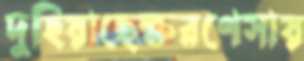
দুহিয়াছেক্ষরণেসায়